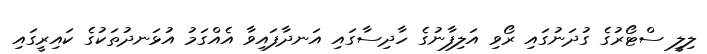
ލިލީ ސްޓޯރުގެ ގުދަނުގައި ރޯވި އަލިފާނުގެ ހާދިސާގައި އަނދާފައިވާ އެއްގަމު އުޅަނދުތަކުގެ ކައިރީގައި